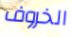
الخروف